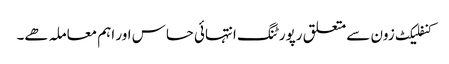
کنفلیکٹ زون سے متعلق رپورٹنگ انتہائی حساس اور اہم معاملہ ھے۔